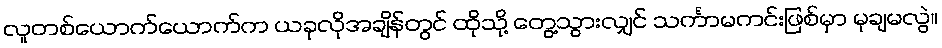
လူတစ်ယောက်ယောက်က ယခုလိုအချိန်တွင် ထိုသို့ တွေ့သွားလျှင် သင်္ကာမကင်းဖြစ်မှာ မုချမလွဲ။